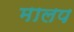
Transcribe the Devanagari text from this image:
मालप